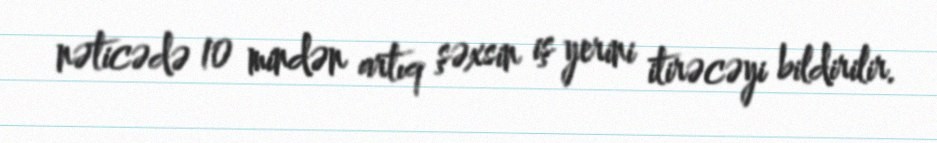
nəticədə 10 mindən artıq şəxsin iş yerini itirəcəyi bildirilir.